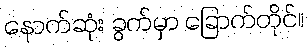
နောက်ဆုံး ခွက်မှာ ခြောက်တိုင်။